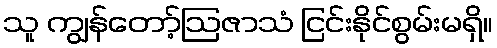
သူ ကျွန်တော့်ဩဇာသံ ငြင်းနိုင်စွမ်းမရှိ။